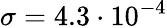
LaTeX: \sigma=4.3\cdot 10^{-4}